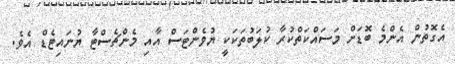
އެގޮތުން އެންމެ ބޮޑަށް މަސައްކަތްކުރާ ކުލަބުތަކަކީ ޔުވެންޓަސް އާއި މެންޗެސްޓާ ޔުނައިޓެޑް އެވެ.